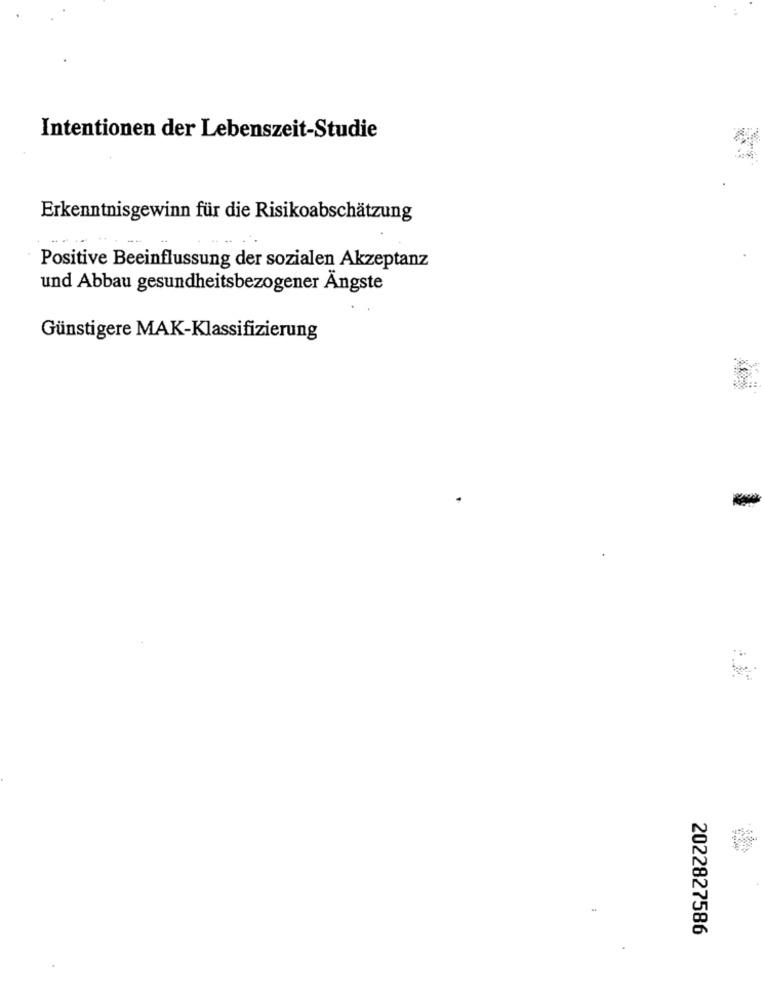
Intentionen der Lebenszeit-Studie
Erkenntnisgewinn für die Risikoabschätzung
Positive Beeinflussung der sozialen Akzeptanz
und Abbau gesundheitsbezogener Ängste
Günstigere MAK-Klassifizierung
2022827586